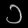
Digit: ၁